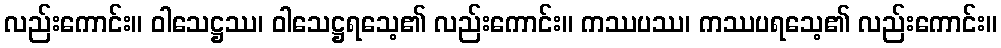
လည်းကောင်း။ ဝါသေဋ္ဌဿ၊ ဝါသေဋ္ဌရသေ့၏ လည်းကောင်း။ ကဿပဿ၊ ကဿပရသေ့၏ လည်းကောင်း။